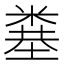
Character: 𥻎